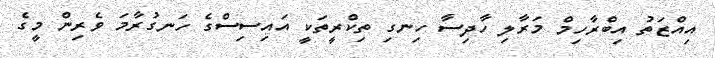
އިއްޒަތު އިބްރާހިމް މަރާލި ހާދިސާ ހިނގި ތިކްރީތަކީ އައިސިސްގެ ހަނގުރާމަ ވެރިން މީގެ